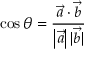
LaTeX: \cos \theta = { \frac { { \vec { a } } \cdot { \vec { b } } } { \left| { \vec { a } } \right| | { \vec { b } } | } }